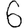
Digit: 6